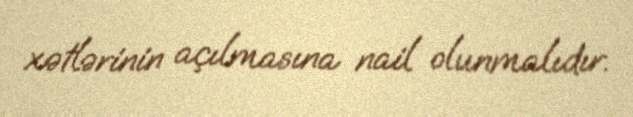
xətlərinin açılmasına nail olunmalıdır.